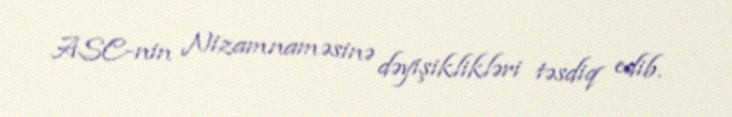
ASC-nin Nizamnaməsinə dəyişiklikləri təsdiq edib.